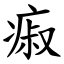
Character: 㾥